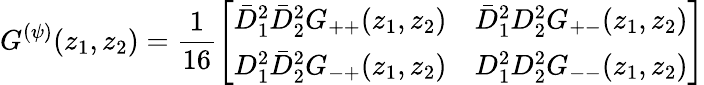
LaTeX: G^{(\psi)}(z_{1},z_{2})=\frac{1}{16}\left[\begin{array}{ll}{{\bar{D}_{1}^{2}\bar{D}_{2}^{2}G_{++}(z_{1},z_{2})}}&{{\bar{D}_{1}^{2}D_{2}^{2}G_{+-}(z_{1},z_{2})}}\\ {{D_{1}^{2}\bar{D}_{2}^{2}G_{-+}(z_{1},z_{2})}}&{{D_{1}^{2}D_{2}^{2}G_{--}(z_{1},z_{2})}}\end{array}\right]